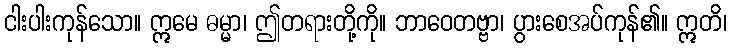
ငါးပါးကုန်သော။ ဣမေ ဓမ္မာ၊ ဤတရားတို့ကို။ ဘာဝေတဗ္ဗာ၊ ပွားစေအပ်ကုန်၏။ ဣတိ၊